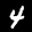
Label: 4